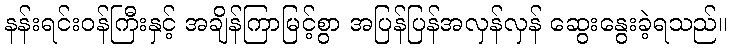
နန်းရင်းဝန်ကြီးနှင့် အချိန်ကြာမြင့်စွာ အပြန်ပြန်အလှန်လှန် ဆွေးနွေးခဲ့ရသည်။